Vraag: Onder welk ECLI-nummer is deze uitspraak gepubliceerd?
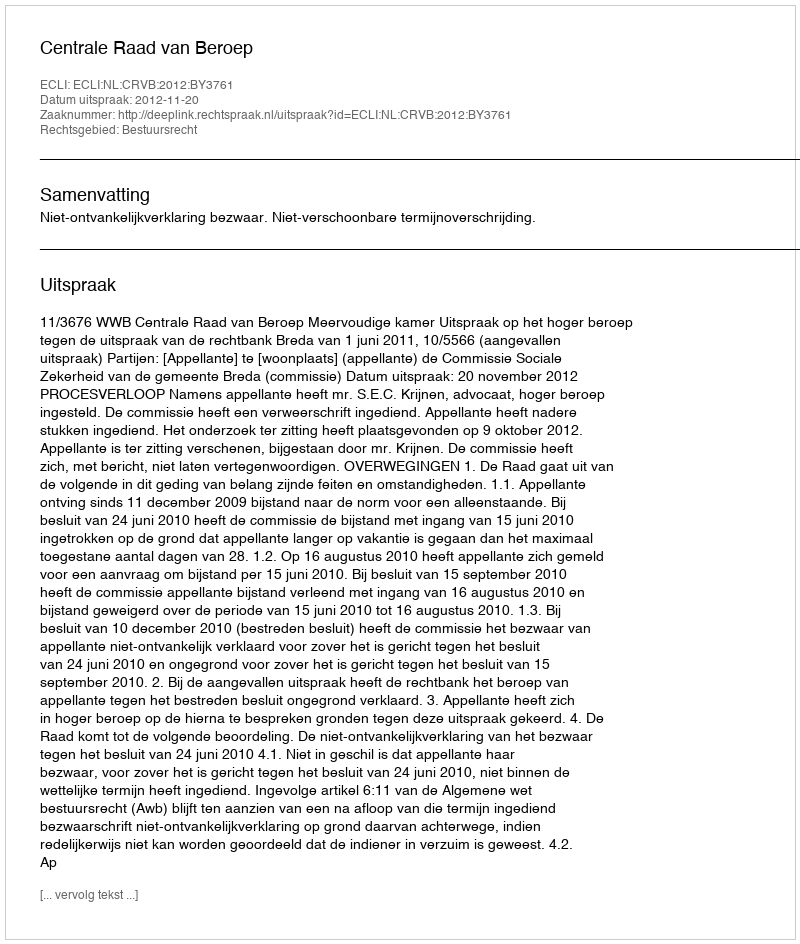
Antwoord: ECLI:NL:CRVB:2012:BY3761